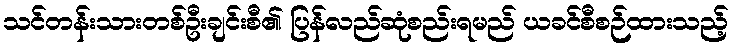
သင်တန်းသားတစ်ဦးချင်းစီ၏ ပြန်လည်ဆုံစည်းရမည် ယခင်စီစဉ်ထားသည့်